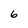
Character: 6